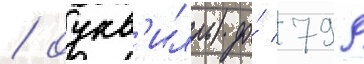
/ оукв'илль) до́ 799